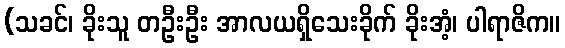
(သခင်၊ ခိုးသူ တဦးဦး အာလယရှိသေးခိုက် ခိုးအံ့၊ ပါရာဇိက။